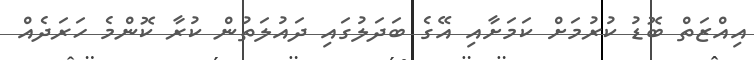
އިއްޒަތް ބޮޑު ކުރުމަށް ކަމަށާއި އޭގެ ބަދަލުގައި ދައުލަތުން ކުރާ ކޮންމެ ހަރަދެއް